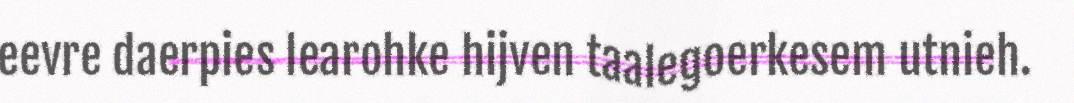
eevre daerpies learohke hijven taalegoerkesem utnieh.